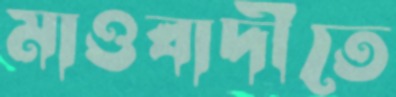
মাওবাদীতে